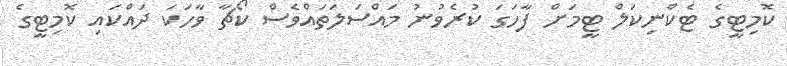
ކޮމިޓީގެ ޓެކްނިކަލް ޓީމަށް ފާހަގަ ކުރެވުނު މައްސަލަތައްވެސް ކޯޗާ ވާހަކަ ދައްކައި ކޮމިޓީގެ